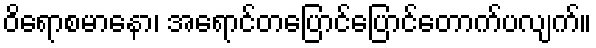
ဝိရောစမာနော၊ အရောင်တပြောင်ပြောင်တောက်ပလျက်။